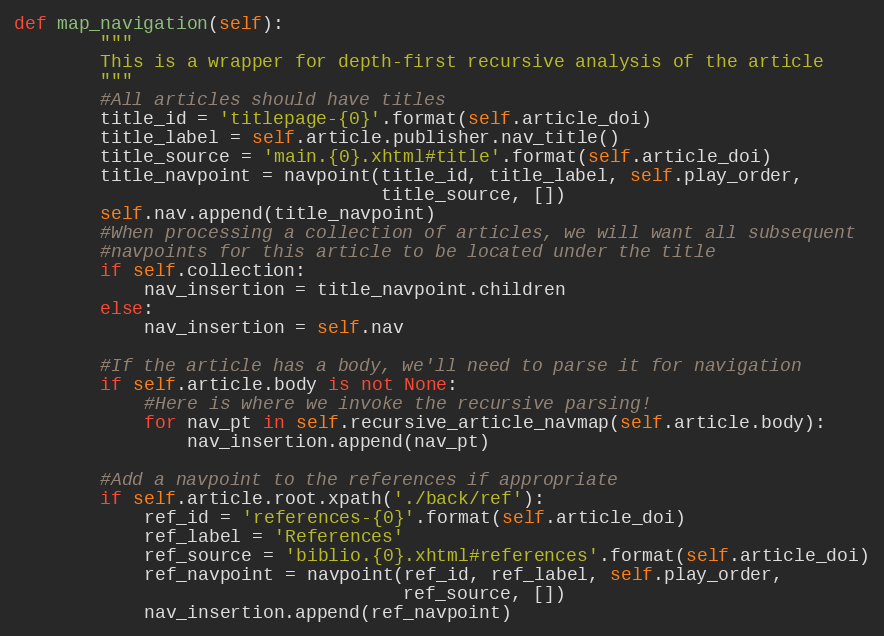
Language: Python
def map_navigation(self):
        """
        This is a wrapper for depth-first recursive analysis of the article
        """
        #All articles should have titles
        title_id = 'titlepage-{0}'.format(self.article_doi)
        title_label = self.article.publisher.nav_title()
        title_source = 'main.{0}.xhtml#title'.format(self.article_doi)
        title_navpoint = navpoint(title_id, title_label, self.play_order,
                                  title_source, [])
        self.nav.append(title_navpoint)
        #When processing a collection of articles, we will want all subsequent
        #navpoints for this article to be located under the title
        if self.collection:
            nav_insertion = title_navpoint.children
        else:
            nav_insertion = self.nav

        #If the article has a body, we'll need to parse it for navigation
        if self.article.body is not None:
            #Here is where we invoke the recursive parsing!
            for nav_pt in self.recursive_article_navmap(self.article.body):
                nav_insertion.append(nav_pt)

        #Add a navpoint to the references if appropriate
        if self.article.root.xpath('./back/ref'):
            ref_id = 'references-{0}'.format(self.article_doi)
            ref_label = 'References'
            ref_source = 'biblio.{0}.xhtml#references'.format(self.article_doi)
            ref_navpoint = navpoint(ref_id, ref_label, self.play_order,
                                    ref_source, [])
            nav_insertion.append(ref_navpoint)